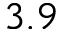
3 . 9